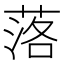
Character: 落